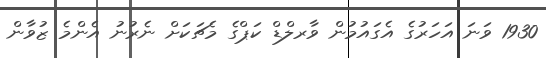
1930 ވަނަ އަހަރުގެ އެގައުމުން ވާރލްޑް ކަޕްގެ މެޗަކަށް ނެރުނު އެންމެ ޒުވާން